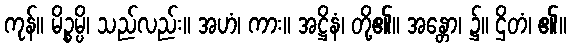
ကုန်။ မိဉ္စမ္ပိ၊ သည်လည်း။ အဟံ၊ ကား။ အဋ္ဌိနံ၊ တို့၏။ အန္တော၊ ၌။ ဌိတံ၊ ၏။